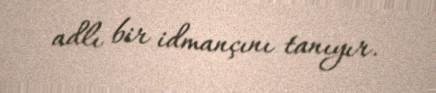
adlı bir idmançını tanıyır.